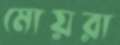
মোয়রা